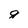
Character: g